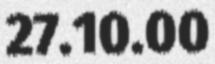
27.10.00